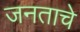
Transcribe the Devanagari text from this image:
जनताचे